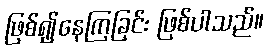
ဖြစ်၍နေကြခြင်း ဖြစ်ပါသည်။